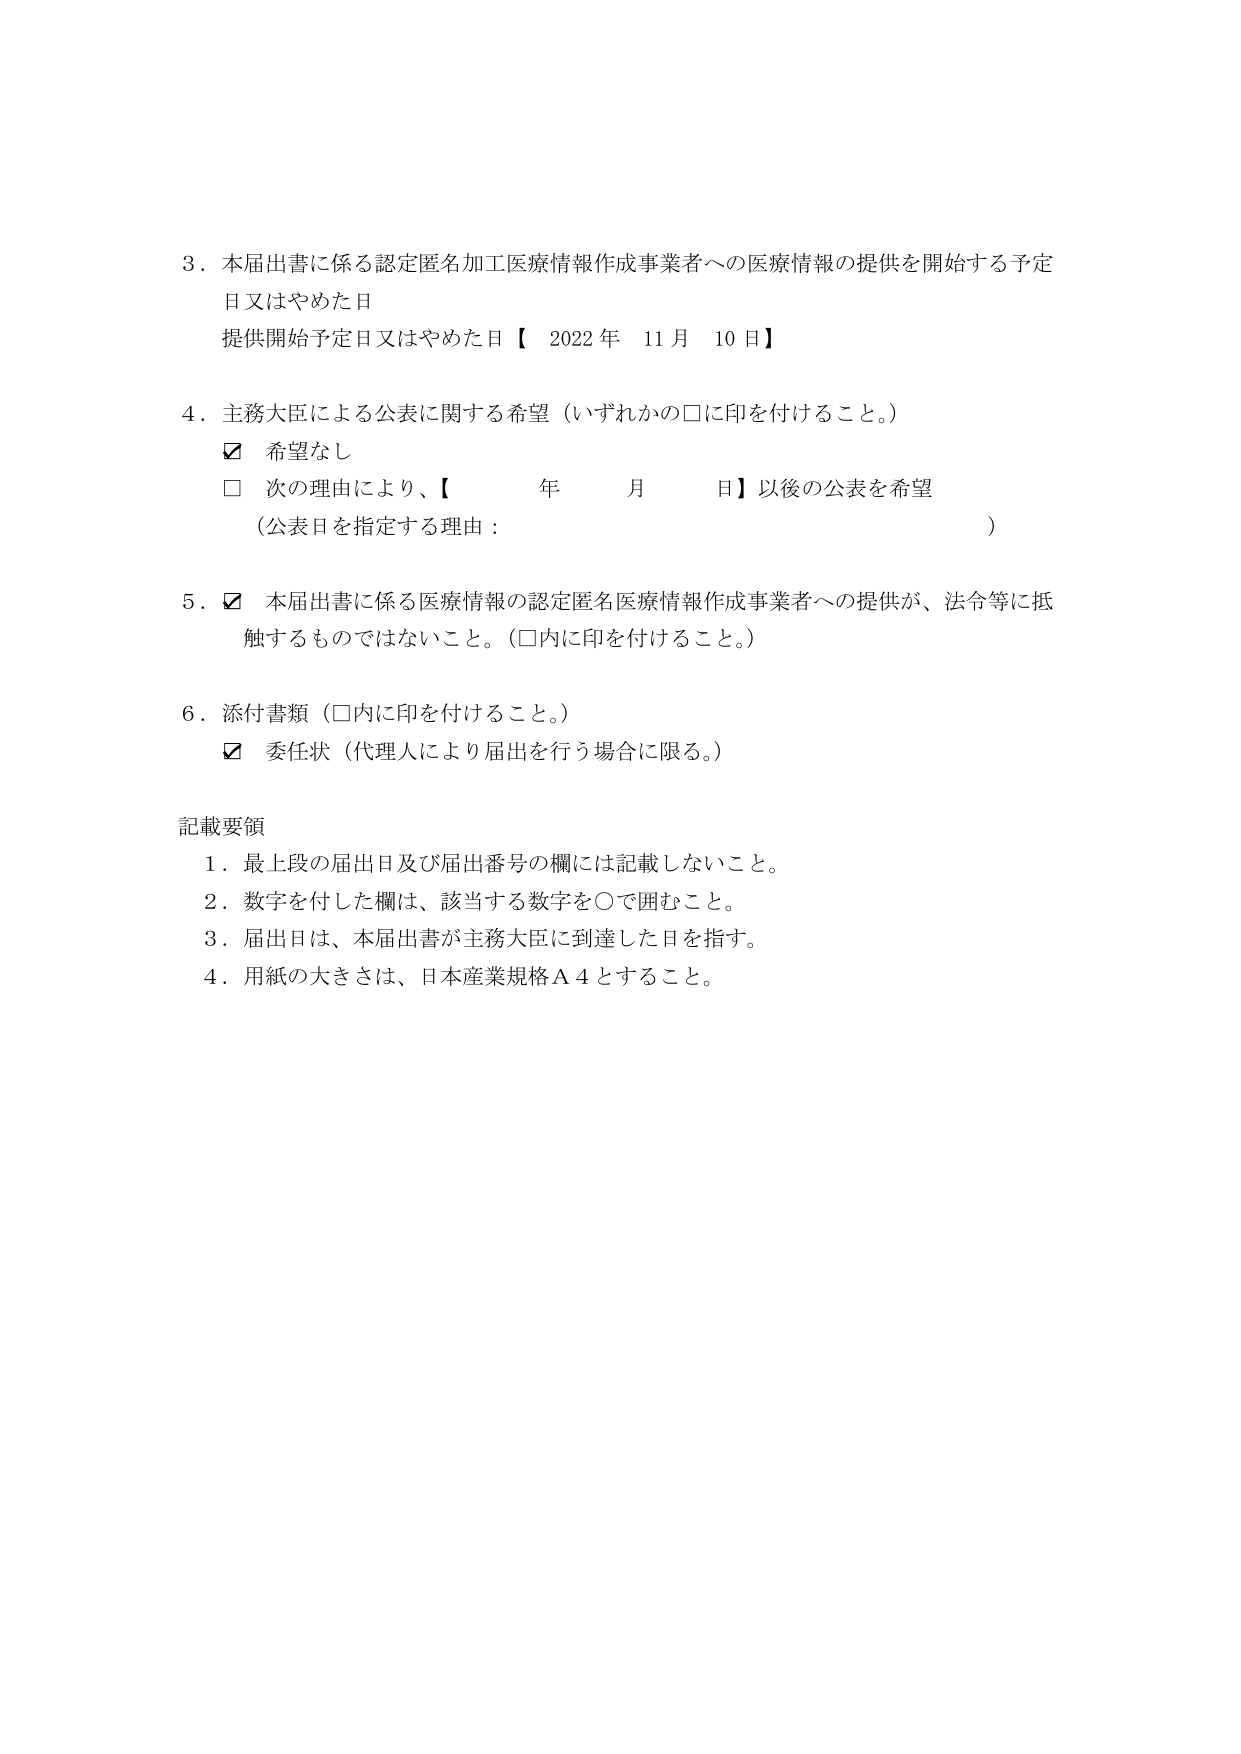
3．本届出書に係る認定匿名加工医療情報作成事業者への医療情報の提供を開始する予定日又はやめた日
提供開始予定日又はやめた日【2022年11月10日】

4．主務大臣による公表に関する希望（いずれかの□に印を付けること。）
☑ 希望なし
□ 次の理由により、【　　年　　月　　日】以後の公表を希望
（公表日を指定する理由：　　　　　　　　　　　　　　　　　　　　）

5．☑ 本届出書に係る医療情報の認定匿名医療情報作成事業者への提供が、法令等に抵触するものではないこと。（□内に印を付けること。）

6．添付書類（□内に印を付けること。）
☑ 委任状（代理人により届出を行う場合に限る。）

記載要領
1．最上段の届出日及び届出番号の欄には記載しないこと。
2．数字を付した欄は、該当する数字を○で囲むこと。
3．届出日は、本届出書が主務大臣に到達した日を指す。
4．用紙の大きさは、日本産業規格Ａ４とすること。